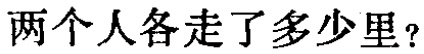
两个人各走了多少里？